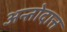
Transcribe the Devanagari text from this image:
अन्तोदात्त